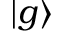
| g \rangle